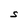
Character: S